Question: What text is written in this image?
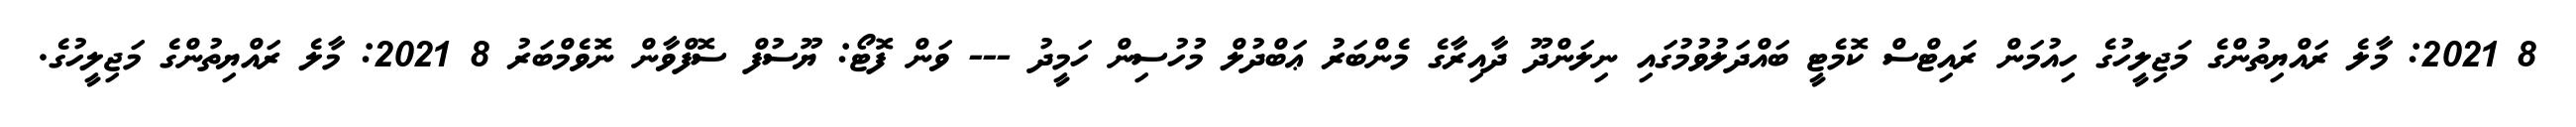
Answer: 8 2021: މާލެ ރައްޔިތުންގެ މަޖިލީހުގެ ހިއުމަން ރައިޓްސް ކޮމެޓީ ބައްދަލުވުމުގައި ނިލަންދޫ ދާއިރާގެ މެންބަރު ޢަބްދުލް މުހުސިން ހަމީދު --- ވަން ފޮޓޯ: ޔޫސުފް ސޮފްވާން ނޮވެމްބަރު 8 2021: މާލެ ރައްޔިތުންގެ މަޖިލީހުގެ.